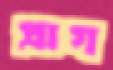
প্রাগ